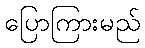
ပြောကြားမည်